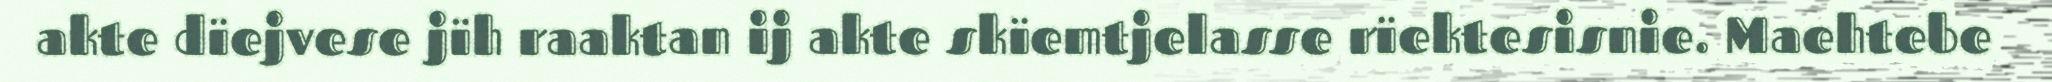
akte dïejvese jïh raaktan ij akte skïemtjelasse rïektesisnie. Maehtebe